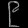
Digit: ၉